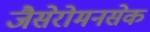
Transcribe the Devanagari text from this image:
जैसेरोमनसेक